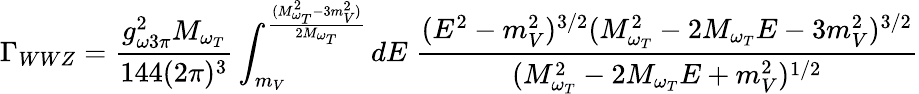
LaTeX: \Gamma_{WWZ}=\frac{g_{\omega 3\pi}^{2}M_{\omega_{T}}}{144(2\pi)^{3}}\int_{m_{V}}^{\frac{(M_{\omega_{T}}^{2}-3m_{V}^{2})}{2M_{\omega_{T}}}}dE\; \frac{(E^{2}-m_{V}^{2})^{3/2}(M_{\omega_{T}}^{2}-2M_{\omega_{T}}E-3m_{V}^{2})^{3/2}}{(M_{\omega_{T}}^{2}-2M_{\omega_{T}}E+m_{V}^{2})^{1/2}}